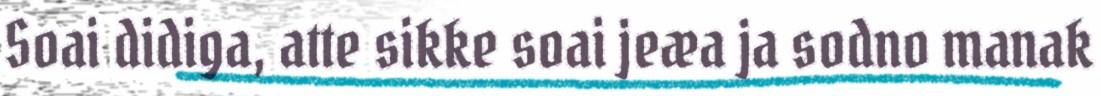
Soai didiga, atte sikke soai jeæa ja sodno manak